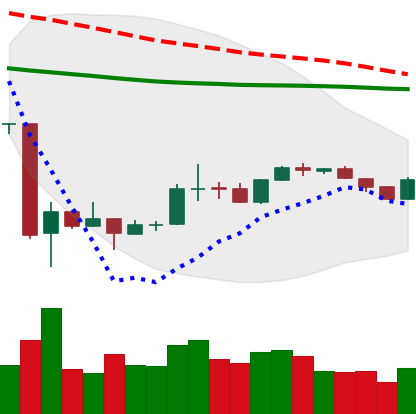
Ticker: BTC-USD
Chart end date: 2020-03-30
Forward return: 6.807%
Label: up_5_7